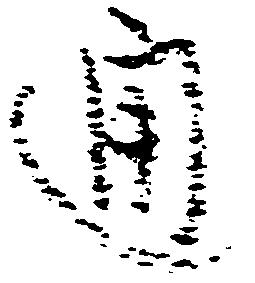
通